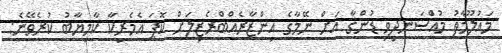
މައުލޫމާތު މުއްސަނދިވި ޑުންގާ އަށް ނޭމާގެ އިންޒާރެއްބްރެޒިލަށް ކޮޕަ އެމެރިކާ ކާމިޔާބު ކުރެވޭނެ: